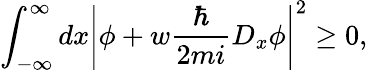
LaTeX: \int_{-\infty}^{\infty}dx\left|\phi+w\frac{\hbar}{2mi}D_{x}\phi\right|^{2}\ge 0,